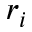
r _ { i }